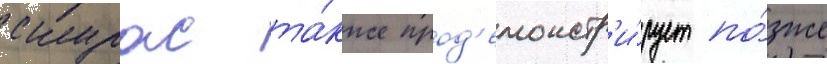
скурас та́кже прод'емонстр'и́рует по́зже